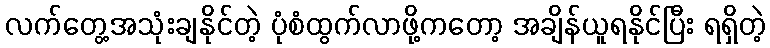
လက်တွေ့အသုံးချနိုင်တဲ့ ပုံစံထွက်လာဖို့ကတော့ အချိန်ယူရနိုင်ပြီး ရရှိတဲ့